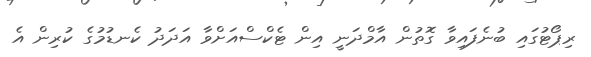
ރިޕޯޓުގައި ބުނެފައިވާ ގޮތުން އާމްދަނީ އިން ޓެކްސްއަށްވާ އަދަދު ކެނޑުމުގެ ކުރިން އެ